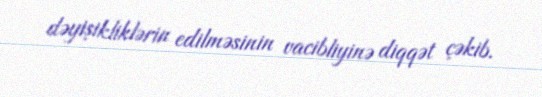
dəyişikliklərin edilməsinin vacibliyinə diqqət çəkib.